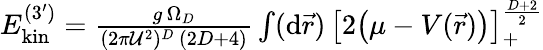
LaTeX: \begin{array}{r}{E_{\mathrm{kin}}^{(3^{\prime})}=\frac{g\, \Omega_{D}}{(2\pi{\mathcal U}^{2})^{D}\, (2D+4)}\int(\mathrm{d}\vec{r})\, \big[2\big(\mu-V(\vec{r})\big)\big]_{+}^{\frac{D+2}{2}}}\end{array}